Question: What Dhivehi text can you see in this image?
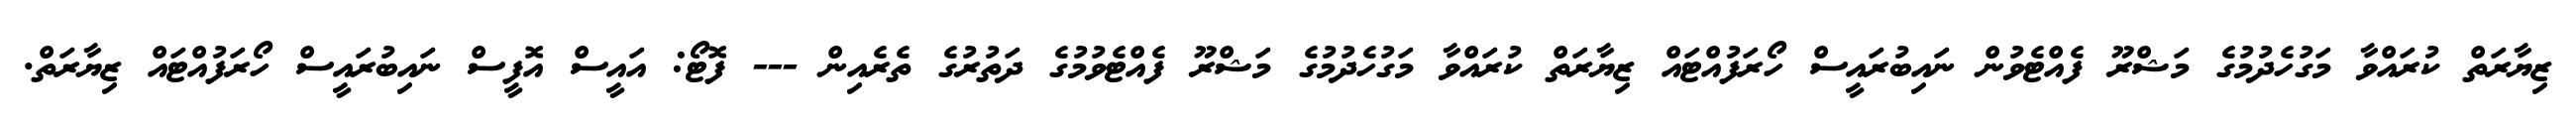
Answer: ޒިޔާރަތް ކުރައްވާ މަގުހެދުމުގެ މަޝްރޫ ފެއްޓެވުން ނައިބުރައީސް ހޯރަފުއްޓައް ޒިޔާރަތް ކުރައްވާ މަގުހެދުމުގެ މަޝްރޫ ފެއްޓެވުމުގެ ދަތުރުގެ ތެރެއިން --- ފޮޓޯ: އައީސް އޮފީސް ނައިބުރައީސް ހޯރަފުއްޓައް ޒިޔާރަތް.